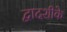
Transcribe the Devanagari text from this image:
द्वादशीके